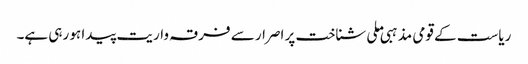
ریاست کے قومی مذہبی ملی شناخت پر اصرار سے فرقہ واریت پیدا ہو رہی ہے۔